Lunatic asylums Burma 1907-21 - 1907-1921
Year: 1907
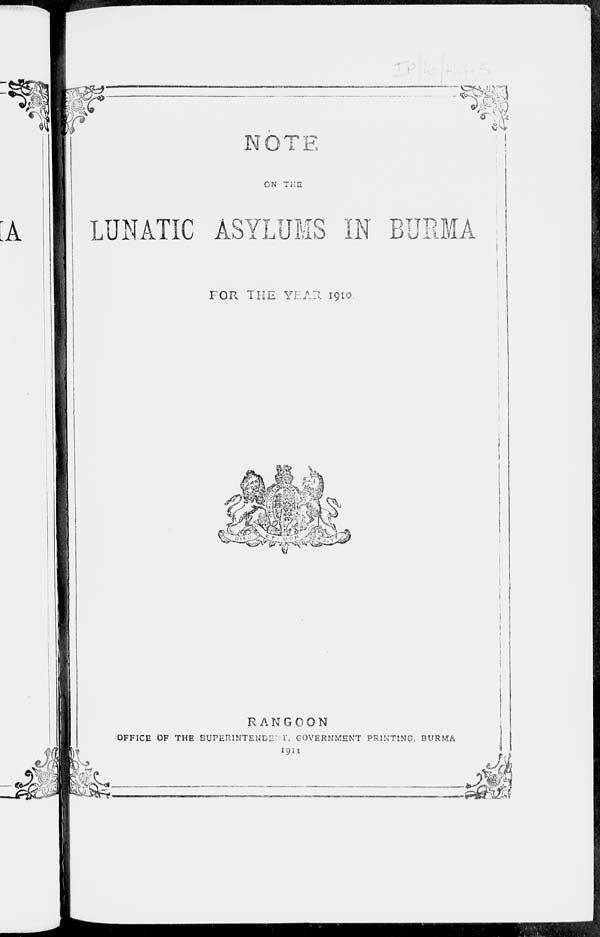
NOTE
ON THE
LUNATIC ASYLUMS IN BURMA
FOR THE YEAR 1910
RANGOON
OFFICE OF THE SUPERINTENDENT, GOVERNMENT PRINTING, BURMA
1911